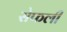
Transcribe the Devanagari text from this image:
सेफली